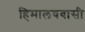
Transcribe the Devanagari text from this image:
हिमालयवासी